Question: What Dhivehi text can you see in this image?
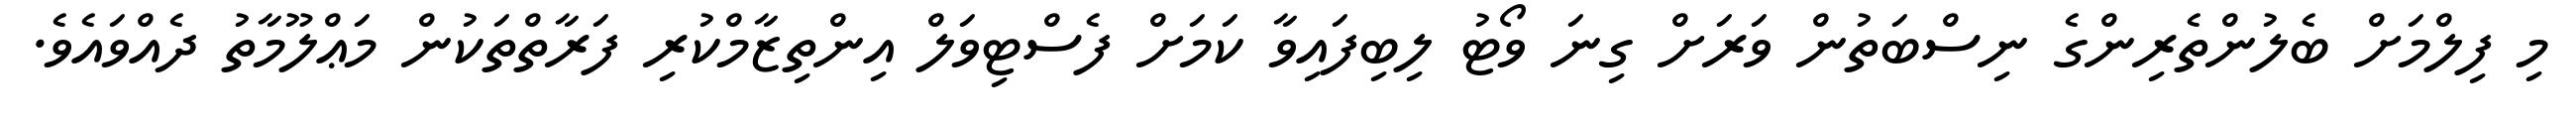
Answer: މި ފިލްމަށް ބެލުންތެރިންގެ ނިސްބަތުން ވަރަށް ގިނަ ވޯޓު ލިބިފައިވާ ކަމަށް ފެސްޓިވަލް އިންތިޒާމްކުރި ފަރާތްތަކުން މަޢްލޫމާތު ދެއްވައެވެ.